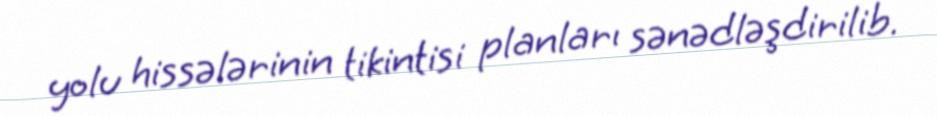
yolu hissələrinin tikintisi planları sənədləşdirilib.